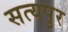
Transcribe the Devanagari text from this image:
सत्यपुर